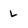
Character: L